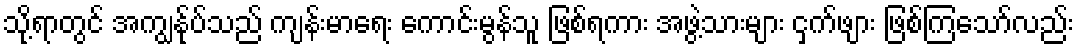
သို့ရာတွင် အကျွန်ုပ်သည် ကျန်းမာရေး ကောင်းမွန်သူ ဖြစ်ရကား အဖွဲ့သားများ ငှက်ဖျား ဖြစ်ကြသော်လည်း